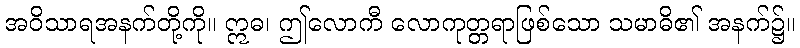
အဝိသာရအနက်တို့ကို။ ဣဓ၊ ဤလောကီ လောကုတ္တရာဖြစ်သော သမာဓိ၏ အနက်၌။